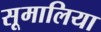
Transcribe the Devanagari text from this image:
सूमालिया